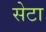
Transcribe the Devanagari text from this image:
सेटा